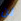
لن